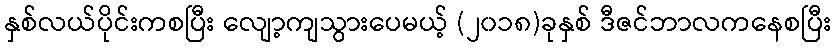
နှစ်လယ်ပိုင်းကစပြီး လျော့ကျသွားပေမယ့် (၂၀၁၈)ခုနှစ် ဒီဇင်ဘာလကနေစပြီး